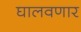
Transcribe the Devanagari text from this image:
घालवणार